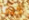
كيف